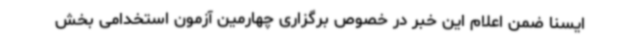
ایسنا ضمن اعلام این خبر در خصوص برگزاری چهارمین آزمون استخدامی بخش